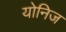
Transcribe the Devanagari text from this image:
योनिज